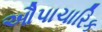
ઔપાચારિક